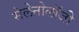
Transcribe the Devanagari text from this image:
सेलेनोलॉजी